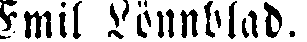
Emil Lönnblad.